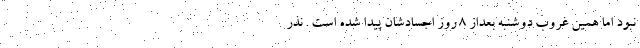
نبود اما همین غروب دوشنبه بعداز ٨ روز اجسادشان پیدا شده است . نذر